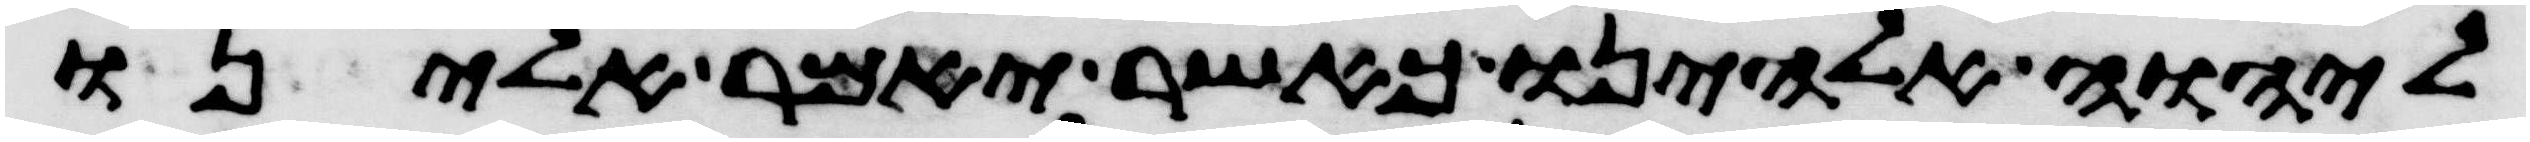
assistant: ליהוה אלהינו כאשר יאמר אלינו